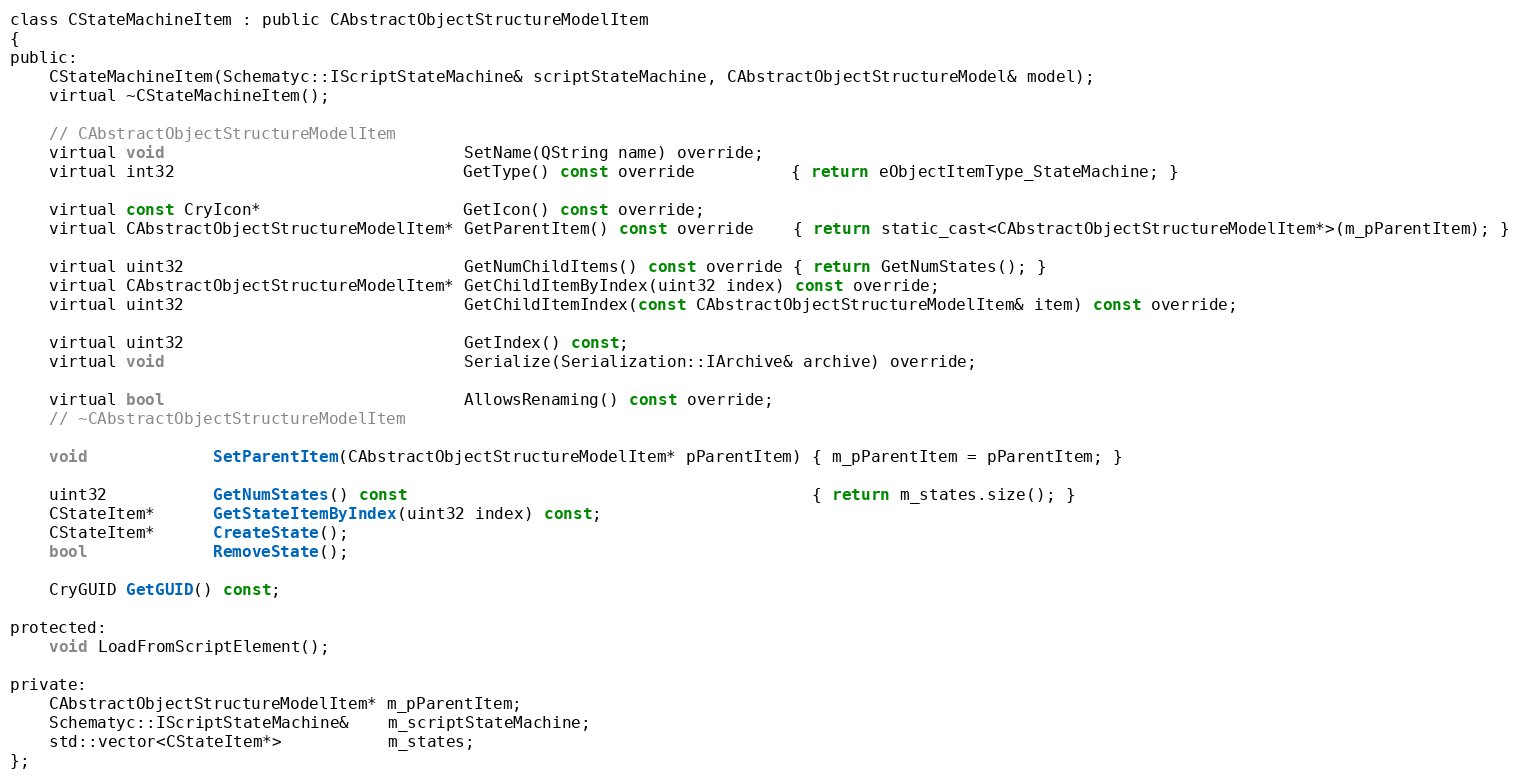
Language: C
class CStateMachineItem : public CAbstractObjectStructureModelItem
{
public:
	CStateMachineItem(Schematyc::IScriptStateMachine& scriptStateMachine, CAbstractObjectStructureModel& model);
	virtual ~CStateMachineItem();

	// CAbstractObjectStructureModelItem
	virtual void                               SetName(QString name) override;
	virtual int32                              GetType() const override          { return eObjectItemType_StateMachine; }

	virtual const CryIcon*                     GetIcon() const override;
	virtual CAbstractObjectStructureModelItem* GetParentItem() const override    { return static_cast<CAbstractObjectStructureModelItem*>(m_pParentItem); }

	virtual uint32                             GetNumChildItems() const override { return GetNumStates(); }
	virtual CAbstractObjectStructureModelItem* GetChildItemByIndex(uint32 index) const override;
	virtual uint32                             GetChildItemIndex(const CAbstractObjectStructureModelItem& item) const override;

	virtual uint32                             GetIndex() const;
	virtual void                               Serialize(Serialization::IArchive& archive) override;

	virtual bool                               AllowsRenaming() const override;
	// ~CAbstractObjectStructureModelItem

	void             SetParentItem(CAbstractObjectStructureModelItem* pParentItem) { m_pParentItem = pParentItem; }

	uint32           GetNumStates() const                                          { return m_states.size(); }
	CStateItem*      GetStateItemByIndex(uint32 index) const;
	CStateItem*      CreateState();
	bool             RemoveState();

	CryGUID GetGUID() const;

protected:
	void LoadFromScriptElement();

private:
	CAbstractObjectStructureModelItem* m_pParentItem;
	Schematyc::IScriptStateMachine&    m_scriptStateMachine;
	std::vector<CStateItem*>           m_states;
};